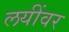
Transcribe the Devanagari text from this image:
लयींवर